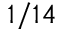
1 / 1 4